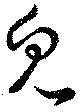
皃